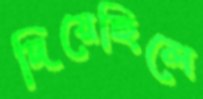
দিয়েছিলে